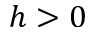
h > 0